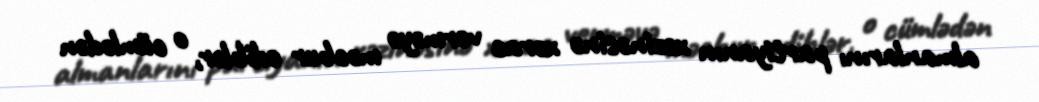
almanlarını partiyanın xəzinəsinə xərac verməyə məcbur ediblər, o cümlədən